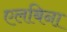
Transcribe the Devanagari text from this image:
एलबिना